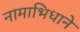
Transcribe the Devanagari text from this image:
नामाभिधाने